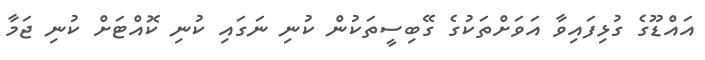
އައްޑޫގެ ގުޅިފައިވާ އަވަށްތަކުގެ ގޭބިސީތަކުން ކުނި ނަގައި ކުނި ކޮއްޓަށް ކުނި ޖަމާ